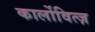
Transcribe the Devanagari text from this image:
कार्लोवित्ज़